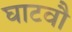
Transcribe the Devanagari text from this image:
घाटवौ